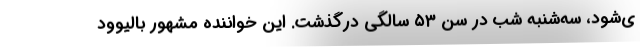
ی‌شود، سه‌شنبه شب در سن ۵۳ سالگی درگذشت. این خواننده مشهور بالیوود